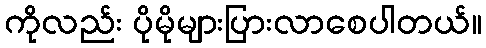
ကိုလည်း ပိုမိုများပြားလာစေပါတယ်။